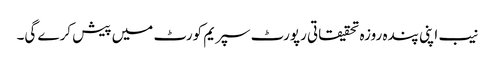
نیب اپنی پندہ روزہ تحقیقاتی رپورٹ سپریم کورٹ میں پیش کرے گی۔